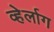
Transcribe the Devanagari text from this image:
व्हेर्लाग